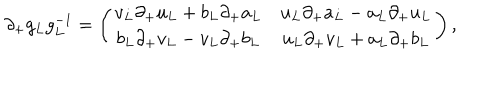
\partial _ { + } g _ { L } g _ { L } ^ { - 1 } = \left( \begin{array} { c c } { { v _ { L } \partial _ { + } u _ { L } + b _ { L } \partial _ { + } a _ { L } } } & { { u _ { L } \partial _ { + } a _ { L } - a _ { L } \partial _ { + } u _ { L } } } \\ { { b _ { L } \partial _ { + } v _ { L } - v _ { L } \partial _ { + } b _ { L } } } & { { u _ { L } \partial _ { + } v _ { L } + a _ { L } \partial _ { + } b _ { L } } } \\ \end{array} \right) ,